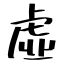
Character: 虛